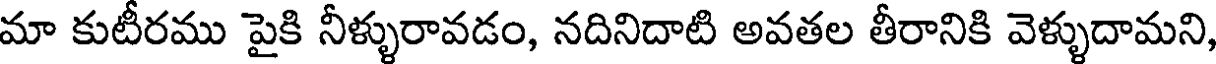
మా కుటీరము పైకి నీళ్ళురావడం, నదినిదాటి అవతల తీరానికి వెళ్ళుదామని,